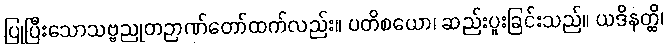
ပြုပြီးသောသဗ္ဗညုတဉာဏ်တော်ထက်လည်း။ ပတိစယော၊ ဆည်းပူးခြင်းသည်။ ယဒိနတ္ထိ၊